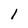
Character: 1